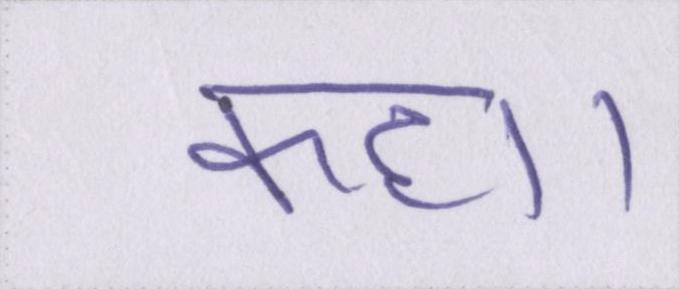
कहा।